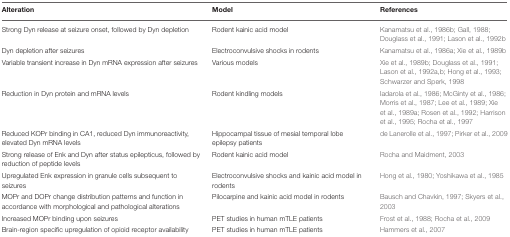
<table><thead><tr><td><b>Alteration</b></td><td><b>Model</b></td><td><b>References</b></td></tr></thead><tbody><tr><td>Strong Dyn release at seizure onset, followed by Dyn depletion</td><td>Rodent kainic acid model</td><td>Kanamatsu et al., 1986b; Gall, 1988; Douglass et al., 1991; Lason et al., 1992b</td></tr><tr><td>Dyn depletion after seizures</td><td>Electroconvulsive shocks in rodents</td><td>Kanamatsu et al., 1986a; Xie et al., 1989b</td></tr><tr><td>Variable transient increase in Dyn mRNA expression after seizures</td><td>Various models</td><td>Xie et al., 1989b; Douglass et al., 1991; Lason et al., 1992a,b; Hong et al., 1993; Schwarzer and Sperk, 1998</td></tr><tr><td>Reduction in Dyn protein and mRNA levels</td><td>Rodent kindling models</td><td>Iadarola et al., 1986; McGinty et al., 1986; Morris et al., 1987; Lee et al., 1989; Xie et al., 1989a; Rosen et al., 1992; Harrison et al., 1995; Rocha et al., 1997</td></tr><tr><td>Reduced KOPr binding in CA1, reduced Dyn immunoreactivity, elevated Dyn mRNA levels</td><td>Hippocampal tissue of mesial temporal lobe epilepsy patients</td><td>de Lanerolle et al., 1997; Pirker et al., 2009</td></tr><tr><td>Strong release of Enk and Dyn after status epilepticus, followed by reduction of peptide levels</td><td>Rodent kainic acid model</td><td>Rocha and Maidment, 2003</td></tr><tr><td>Upregulated Enk expression in granule cells subsequent to seizures</td><td>Electroconvulsive shocks and kainic acid model in rodents</td><td>Hong et al., 1980; Yoshikawa et al., 1985</td></tr><tr><td>MOPr and DOPr change distribution patterns and function in accordance with morphological and pathological alterations</td><td>Pilocarpine and kainic acid model in rodents</td><td>Bausch and Chavkin, 1997; Skyers et al., 2003</td></tr><tr><td>Increased MOPr binding upon seizures</td><td>PET studies in human mTLE patients</td><td>Frost et al., 1988; Rocha et al., 2009</td></tr><tr><td>Brain-region specific upregulation of opioid receptor availability</td><td>PET studies in human mTLE patients</td><td>Hammers et al., 2007</td></tr></tbody></table>